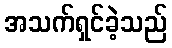
အသက်ရှင်ခဲ့သည်